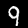
Label: 9